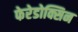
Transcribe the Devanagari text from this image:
फेरेडोक्सिन